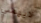
لايهمني